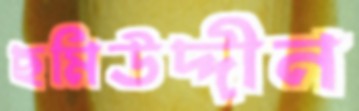
ছমিউদ্দীন